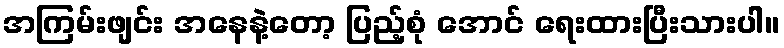
အကြမ်းဖျင်း အနေနဲ့တော့ ပြည့်စုံ အောင် ရေးထားပြီးသားပါ။